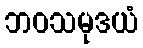
ဘဝသမုဒယံ